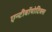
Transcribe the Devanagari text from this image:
एन्टीबॉयोटिक्स